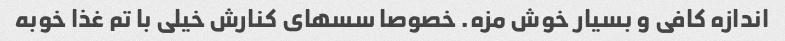
اندازه کافی و بسیار خوش مزه. خصوصا سسهای کنارش خیلی با تم غذا خوبه